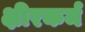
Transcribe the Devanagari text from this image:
क्षीरकर्म